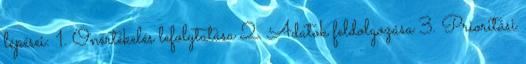
lépései: 1. Önértékelés lefolytatása 2. Adatok feldolgozása 3. Prioritási